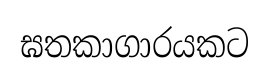
ඝතකාගාරයකට